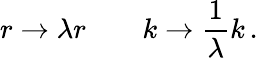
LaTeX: r\rightarrow\lambda r\quad\quad k\rightarrow{\frac{1}{\lambda}}k\, .